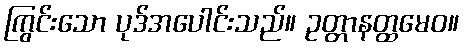
ကြွင်းသော ပုဒ်အပေါင်းသည်။ ဥတ္တာနတ္ထမေဝ။